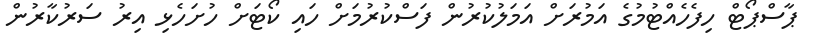
ޕާސްޕޯޓް ހިފެހެއްޓުމުގެ އަމުރަށް އަމަލުކުރުން ފަސްކުރުމަށް ހައި ކޯޓަށް ހުށަހެޅި އިރު ސަރުކާރުން